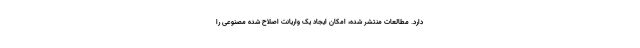
دارد. مطالعات منتشر شده، امکان ایجاد یک واریانت اصلاح شده مصنوعی را